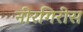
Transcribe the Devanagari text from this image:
नीरगिरीस